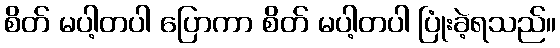
စိတ် မပါ့တပါ ပြောကာ စိတ် မပါ့တပါ ပြုံးခဲ့ရသည်။